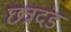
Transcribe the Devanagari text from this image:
छत्रदंड